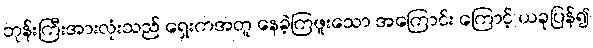
ဘုန်းကြီးအားလုံးသည် ရှေးကအတူ နေခဲ့ကြဖူးသော အကြောင်း ကြောင့် ယခုပြန်၍